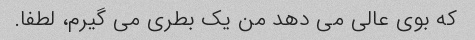
که بوی عالی می دهد من یک بطری می گیرم، لطفا.